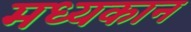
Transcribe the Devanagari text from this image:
मध्यकान